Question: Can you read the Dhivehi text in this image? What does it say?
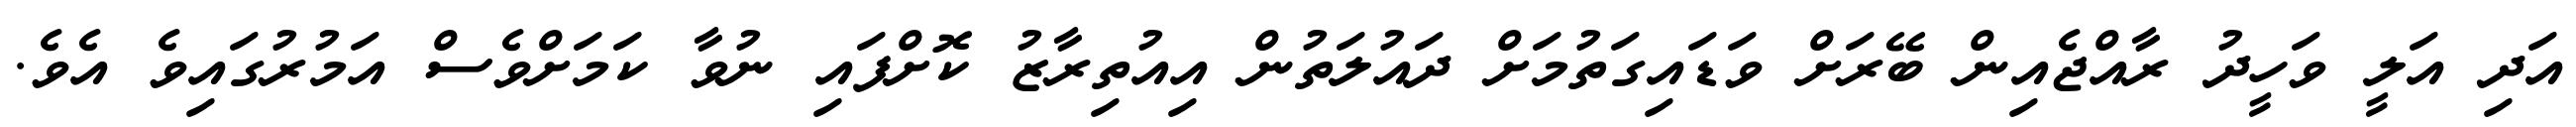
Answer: އަދި އަލީ ވަހީދު ރާއްޖެއިން ބޭރަށް ވަޑައިގަތުމަށް ދައުލަތުން އިއުތިރާޒު ކޮށްފައި ނުވާ ކަމަށްވެސް އަމުރުގައިވެ އެވެ.